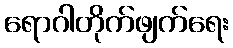
ရောဂါတိုက်ဖျက်ရေး